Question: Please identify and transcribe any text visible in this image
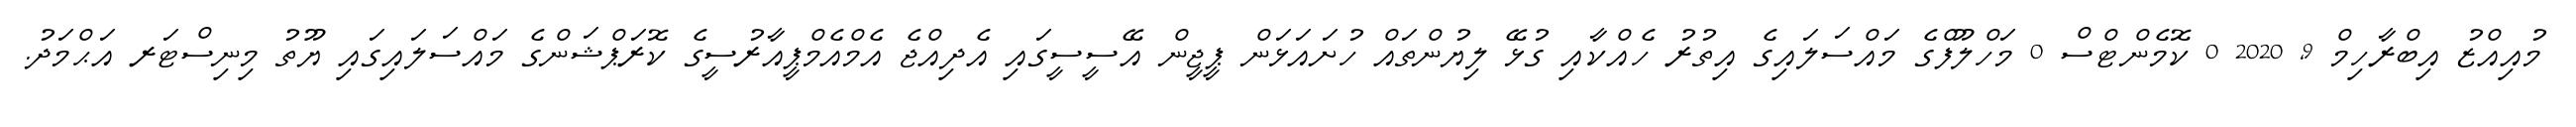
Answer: މުއިއްޒު އިބްރާހިމް 9, 2020 0 ކޮމެންޓްސް 0 މަހްލޫފްގެ މައްސަލައިގެ އިތުރު ހެއްކާއި ގުޅޭ ލިޔުންތައް ހުށައަޅަން ޕީޖީން އޭސީސީގައި އެދިއްޖެ އެމްއެމްޕީއާރުސީގެ ކޮރަޕްޝަންގެ މައްސަލައިގައި ޔޫތު މިނިސްޓަރ އަޙްމަދު.